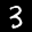
Label: 3